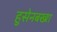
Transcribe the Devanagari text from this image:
हुसेनबख्श